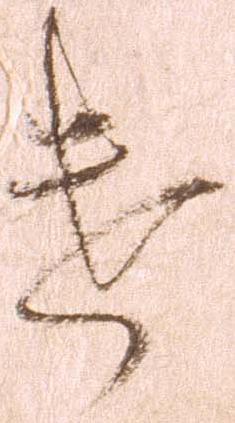
遣